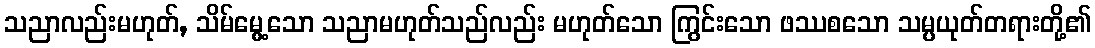
သညာလည်းမဟုတ်, သိမ်မွေ့သော သညာမဟုတ်သည်လည်း မဟုတ်သော ကြွင်းသော ဖဿစသော သမ္ပယုတ်တရားတို့၏